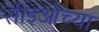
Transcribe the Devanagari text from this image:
सीइओच्या